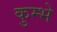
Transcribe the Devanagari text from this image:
कुम्भे